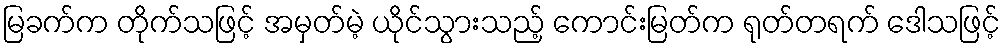
မြခက်က တိုက်သဖြင့် အမှတ်မဲ့ ယိုင်သွားသည့် ကောင်းမြတ်က ရုတ်တရက် ဒေါသဖြင့်